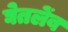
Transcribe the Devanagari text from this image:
घेतलेंव